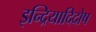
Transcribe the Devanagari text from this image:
इन्द्रियादिदोष